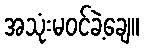
အသုံးမဝင်ခဲ့ချေ။